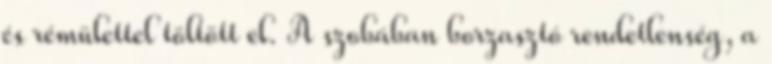
és rémülettel töltött el. A szobában borzasztó rendetlenség, a